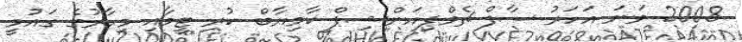
2008 ވަނަ އަހަރު ސާފް ޗެމްޕިއަންޝިޕް ކާމިޔާބް ކުރި ޓީމާއި މިހާރުގެ ގައުމީ